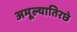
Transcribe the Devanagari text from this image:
अमूल्यातिरछे